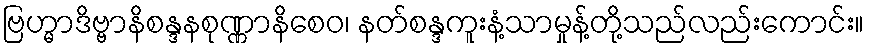
ဗြဟ္မာဒိဗ္ဗာနိစန္ဒနစုဏ္ဏာနိစေဝ၊ နတ်စန္ဒကူးနံ့သာမှုန့်တို့သည်လည်းကောင်း။